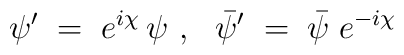
\psi' \;=\; e^{i\chi}\,\psi~,~~\bar{\psi}' \;=\; \bar{\psi}\;e^{-i\chi}